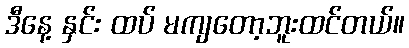
ဒီနေ့ နှင်း ထပ် မကျတော့ဘူးထင်တယ်။